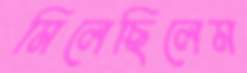
মিলেছিলেম